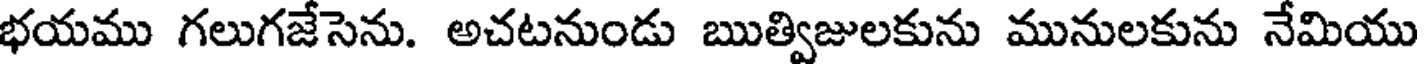
భయము గలుగజేసెను. అచటనుండు ఋత్విజులకును మునులకును నేమియు